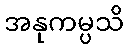
အနုကမ္ပသိ